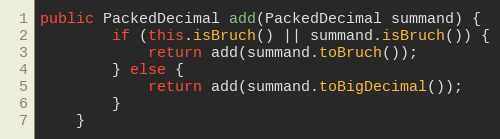
Language: Java
public PackedDecimal add(PackedDecimal summand) {
        if (this.isBruch() || summand.isBruch()) {
            return add(summand.toBruch());
        } else {
            return add(summand.toBigDecimal());
        }
    }